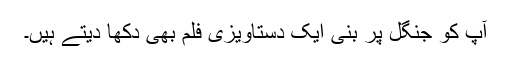
آپ کو جنگل پر بنی ایک دستاویزی فلم بھی دکھا دیتے ہیں۔